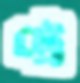
ট্রে